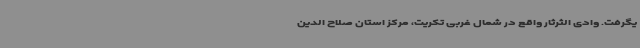
یگرفت. وادی الثرثار واقع در شمال غربی تکریت، مرکز استان صلاح الدین